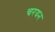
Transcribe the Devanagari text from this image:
चरयन